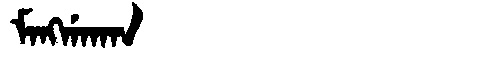
Manchu: ᠮᠠᠩᡤᠠᡴᠠᠨ
Romanization: MANGGAKAN